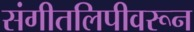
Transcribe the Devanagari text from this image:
संगीतलिपीवरून